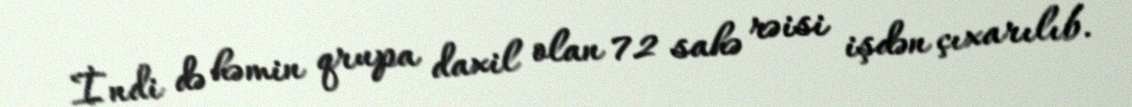
İndi də həmin qrupa daxil olan 72 sahə rəisi işdən çıxarılıb.